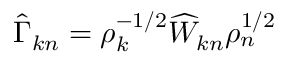
\widehat { \Gamma } _ { k n } = \rho _ { k } ^ { - 1 / 2 } \widehat { W } _ { k n } \rho _ { n } ^ { 1 / 2 }